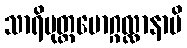
သာရိပုတ္တမောဂ္ဂလ္လာနာပိ